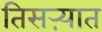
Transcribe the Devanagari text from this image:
तिसऱ्यात